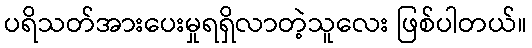
ပရိသတ်အားပေးမှုရရှိလာတဲ့သူလေး ဖြစ်ပါတယ်။